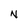
Character: N